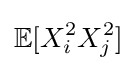
{\mathbb {E} }[X_{i}^{2}X_{j}^{2}]